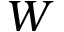
{ \cal W }